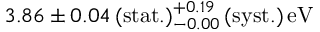
{ 3 . 8 6 \pm 0 . 0 4 \, ( \mathrm { s t a t . } ) _ { - 0 . 0 0 } ^ { + 0 . 1 9 } \, ( \mathrm { s y s t . } ) \, \mathrm { e V } }